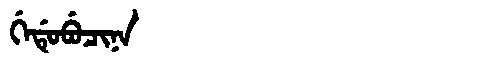
Manchu: ᡤᡝᡩᡠᠪᡠᠴᡳᠨᠠ
Romanization: GEDUBUCINA